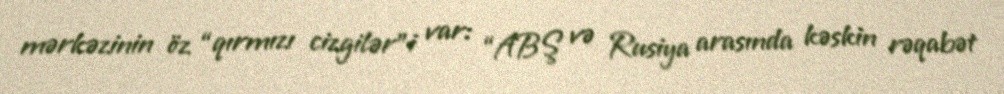
mərkəzinin öz “qırmızı cizgilər”i var: “ABŞ və Rusiya arasında kəskin rəqabət